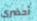
أحضرى